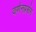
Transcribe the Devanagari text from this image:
वर्णनप्रसंग